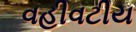
વહીવટીય